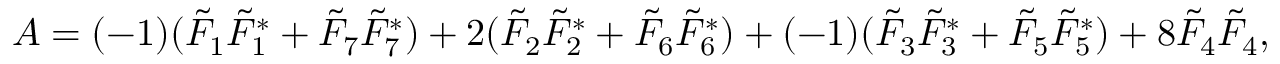
{ \cal A } = ( - 1 ) ( \tilde { F } _ { 1 } \tilde { F } _ { 1 } ^ { * } + \tilde { F } _ { 7 } \tilde { F } _ { 7 } ^ { * } ) + 2 ( \tilde { F } _ { 2 } \tilde { F } _ { 2 } ^ { * } + \tilde { F } _ { 6 } \tilde { F } _ { 6 } ^ { * } ) + ( - 1 ) ( \tilde { F } _ { 3 } \tilde { F } _ { 3 } ^ { * } + \tilde { F } _ { 5 } \tilde { F } _ { 5 } ^ { * } ) + 8 \tilde { F } _ { 4 } \tilde { F } _ { 4 } ,